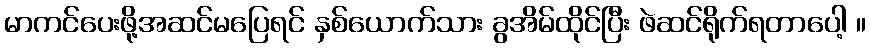
မာကင်ပေးဖို့အဆင်မပြေရင် နှစ်ယောက်သား ခွအိမ်ထိုင်ပြီး ဖဲဆင်ရိုက်ရတာပေါ့ ။